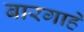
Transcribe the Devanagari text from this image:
बारगाहे